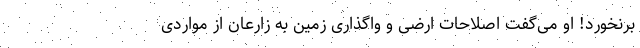
برنخورد! او می‌گفت اصلاحات ارضی و واگذاری زمین به زارعان از مواردی